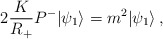
\begin{align*}2\frac{K}{R_+}P^-|\psi_1\rangle = m^2 |\psi_1 \rangle\,,\end{align*}